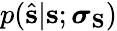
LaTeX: p(\hat{\mathbf{s}}|\mathbf{s};\boldsymbol{\sigma}_{\mathbf{S}})